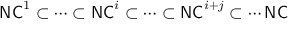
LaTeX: { \mathsf { N C } } ^ { 1 } \subset \cdots \subset { \mathsf { N C } } ^ { i } \subset \cdots \subset { \mathsf { N C } } ^ { i + j } \subset \cdots { \mathsf { N C } }